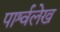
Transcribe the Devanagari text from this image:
पार्श्वलेख